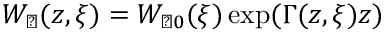
W _ { \perp } ( z , \xi ) = W _ { \perp 0 } ( \xi ) \exp ( \Gamma ( z , \xi ) z )